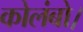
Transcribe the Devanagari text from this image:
कोलंबो।